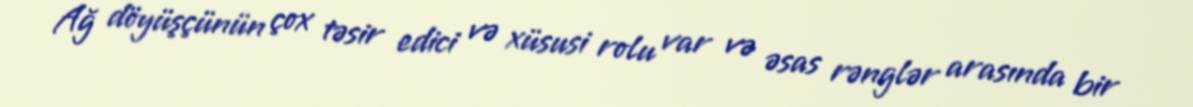
Ağ döyüşçünün çox təsir edici və xüsusi rolu var və əsas rənglər arasında bir